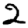
Digit: 2